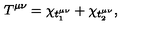
T _ { } ^ { \mu \nu } = \chi _ { t _ { 1 } ^ { \mu \nu } } + \chi _ { t _ { 2 } ^ { \mu \nu } } ,